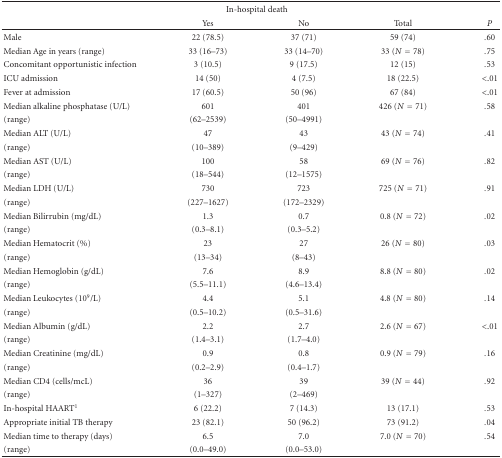
<table><thead><tr><td></td><td colspan="2"><b>In-hospital death</b></td><td></td><td></td></tr><tr><td></td><td><b>Yes</b></td><td><b>No</b></td><td><b>Total</b></td><td><b><i>P</i></b></td></tr></thead><tbody><tr><td>Male</td><td>22 (78.5)</td><td>37 (71)</td><td>59 (74)</td><td>.60</td></tr><tr><td>Median Age in years (range)</td><td>33 (16–73)</td><td>33 (14–70)</td><td>33 (<i>N</i> = 78)</td><td>.75</td></tr><tr><td>Concomitant opportunistic infection</td><td>3 (10.5)</td><td>9 (17.5)</td><td>12 (15)</td><td>.53</td></tr><tr><td>ICU admission</td><td>14 (50)</td><td>4 (7.5)</td><td>18 (22.5)</td><td>&lt;.01</td></tr><tr><td>Fever at admission</td><td>17 (60.5)</td><td>50 (96)</td><td>67 (84)</td><td>&lt;.01</td></tr><tr><td>Median alkaline phosphatase (U/L)</td><td>601</td><td>401</td><td>426 (<i>N</i> = 71)</td><td>.58</td></tr><tr><td>(range)</td><td>(62–2539)</td><td>(50–4991)</td><td></td><td></td></tr><tr><td>Median ALT (U/L)</td><td>47</td><td>43</td><td>43 (<i>N</i> = 74)</td><td>.41</td></tr><tr><td>(range)</td><td>(10–389)</td><td>(9–429)</td><td></td><td></td></tr><tr><td>Median AST (U/L)</td><td>100</td><td>58</td><td>69 (<i>N</i> = 76)</td><td>.82</td></tr><tr><td>(range)</td><td>(18–544)</td><td>(12–1575)</td><td></td><td></td></tr><tr><td>Median LDH (U/L)</td><td>730</td><td>723</td><td>725 (<i>N</i> = 71)</td><td>.91</td></tr><tr><td>(range)</td><td>(227–1627)</td><td>(172–2329)</td><td></td><td></td></tr><tr><td>Median Bilirrubin (mg/dL)</td><td>1.3</td><td>0.7</td><td>0.8 (<i>N</i> = 72)</td><td>.02</td></tr><tr><td>(range)</td><td>(0.3–8.1)</td><td>(0.3–5.2)</td><td></td><td></td></tr><tr><td>Median Hematocrit (%)</td><td>23</td><td>27</td><td>26 (<i>N</i> = 80)</td><td>.03</td></tr><tr><td>(range)</td><td>(13–34)</td><td>(8–43)</td><td></td><td></td></tr><tr><td>Median Hemoglobin (g/dL)</td><td>7.6</td><td>8.9</td><td>8.8 (<i>N</i> = 80)</td><td>.02</td></tr><tr><td>(range)</td><td>(5.5–11.1)</td><td>(4.6–13.4)</td><td></td><td></td></tr><tr><td>Median Leukocytes (10<sup>9</sup>/L)</td><td>4.4</td><td>5.1</td><td>4.8 (<i>N</i> = 80)</td><td>.14</td></tr><tr><td>(range)</td><td>(0.5–10.2)</td><td>(0.5–31.6)</td><td></td><td></td></tr><tr><td>Median Albumin (g/dL)</td><td>2.2</td><td>2.7</td><td>2.6 (<i>N</i> = 67)</td><td>&lt;.01</td></tr><tr><td>(range)</td><td>(1.4–3.1)</td><td>(1.7–4.0)</td><td></td><td></td></tr><tr><td>Median Creatinine (mg/dL)</td><td>0.9</td><td>0.8</td><td>0.9 (<i>N</i> = 79)</td><td>.16</td></tr><tr><td>(range)</td><td>(0.2–2.9)</td><td>(0.4–1.7)</td><td></td><td></td></tr><tr><td>Median CD4 (cells/mcL)</td><td>36</td><td>39</td><td>39 (<i>N</i> = 44)</td><td>.92</td></tr><tr><td>(range)</td><td>(1–327)</td><td>(2–469)</td><td></td><td></td></tr><tr><td>In-hospital HAART<sup>1</sup></td><td>6 (22.2)</td><td>7 (14.3)</td><td>13 (17.1)</td><td>.53</td></tr><tr><td>Appropriate initial TB therapy</td><td>23 (82.1)</td><td>50 (96.2)</td><td>73 (91.2)</td><td>.04</td></tr><tr><td>Median time to therapy (days)</td><td>6.5</td><td>7.0</td><td>7.0 (<i>N</i> = 70)</td><td>.54</td></tr><tr><td>(range)</td><td>(0.0–49.0)</td><td>(0.0–53.0)</td><td></td><td></td></tr></tbody></table>